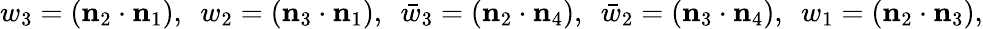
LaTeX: w_{3}=({\mathbf n}_{2}\cdot{\mathbf n}_{1}),~~w_{2}=({\mathbf n}_{3}\cdot{\mathbf n}_{1}),~~\bar{w}_{3}=({\mathbf n}_{2}\cdot{\mathbf n}_{4}),~~\bar{w}_{2}=({\mathbf n}_{3}\cdot{\mathbf n}_{4}),~~w_{1}=({\mathbf n}_{2}\cdot{\mathbf n}_{3}),